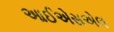
આઈએસએલ